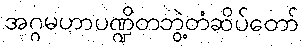
အဂ္ဂမဟာပဏ္ဍိတဘွဲ့တံဆိပ်တော်